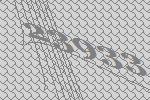
23933